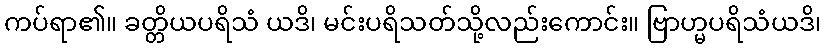
ကပ်ရာ၏။ ခတ္တိယပရိသံ ယဒိ၊ မင်းပရိသတ်သို့လည်းကောင်း။ ဗြာဟ္မပရိသံယဒိ၊